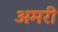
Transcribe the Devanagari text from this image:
अमरी